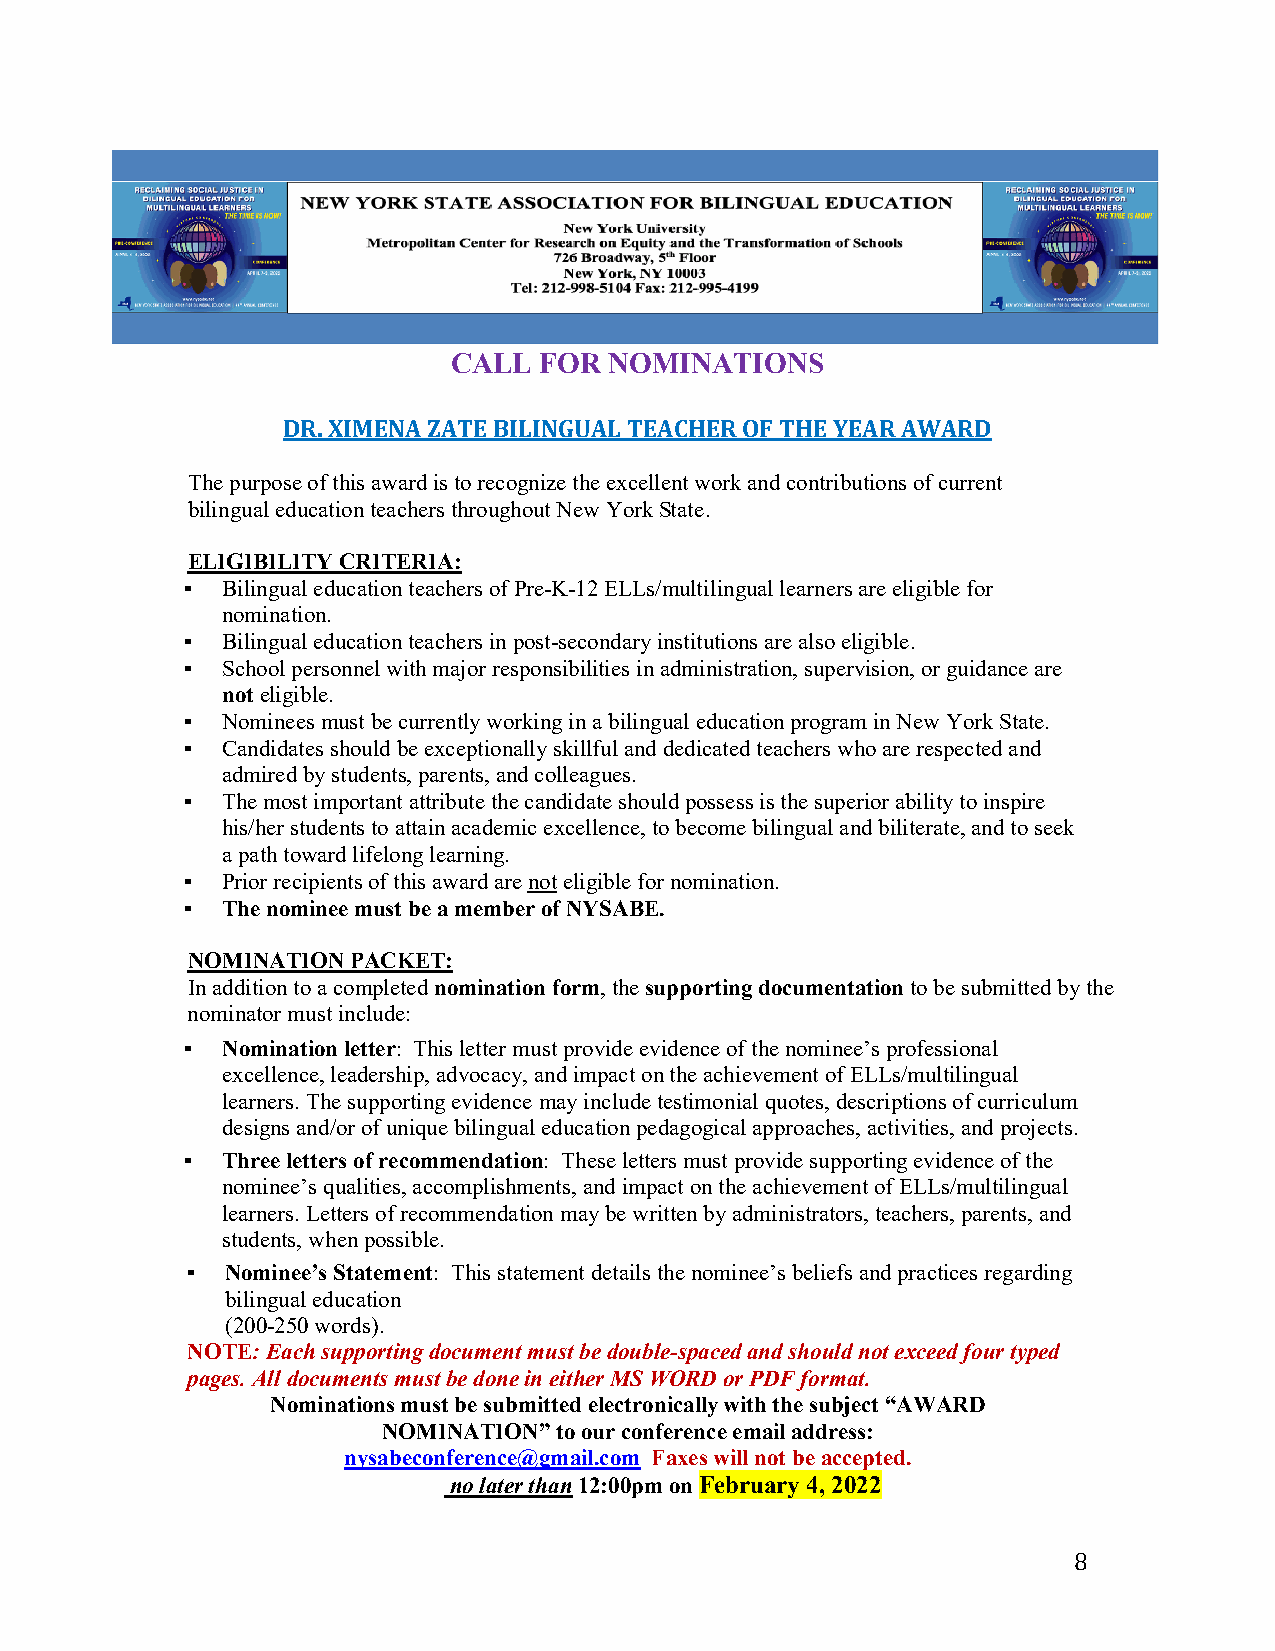
CALL  FOR NOMINATIONS
 DR. XIMENA ZATE BILINGUAL TEACHER OF THE YEAR AWARD
 The purpose of this award is to recognize the excellent work and contributions of current
 bilingual education teachers throughout New York State.
 ELIGIBILITY CRITERIA:
 ▪  Bilingual education teachers of Pre-K-12 ELLs/multilingual learners are eligible for
 nomination.
 ▪  Bilingual education teachers in post-secondary institutions are also eligible.
 ▪  School personnel with major responsibilities in administration, supervision, or guidance are
 not eligible.
 ▪  Nominees must be currently working in a bilingual education program in New York State.
 ▪  Candidates should be exceptionally skillful and dedicated teachers who are respected and
 admired by students, parents, and colleagues.
 ▪  The most important attribute the candidate should possess is the superior ability to inspire
 his/her students to attain academic excellence, to become bilingual and biliterate, and to seek
 a path toward lifelong learning.
 ▪  Prior recipients of this award are not eligible for nomination.
 ▪  The nominee must be a member of NYSABE.
 NOMINATION PACKET:
 In addition to a completed nomination form, the supporting documentation to be submitted by the
 nominator must include:
 ▪  Nomination letter: This letter must provide evidence of the nominee’s professional
 excellence, leadership, advocacy, and impact on the achievement of ELLs/multilingual
 learners. The supporting evidence may include testimonial quotes, descriptions of curriculum
 designs and/or of unique bilingual education pedagogical approaches, activities, and projects.
 ▪  Three letters of recommendation: These letters must provide supporting evidence of the
 nominee’s qualities, accomplishments, and impact on the achievement of ELLs/multilingual
 learners. Letters of recommendation may be written by administrators, teachers, parents, and
 students, when possible.
 ▪  Nominee’s Statement: This statement details the nominee’s beliefs and practices regarding
 bilingual education
 (200-250 words).
 NOTE: Each supporting document must be double-spaced and should not exceed four typed
 pages. All documents must be done in either MS WORD or PDF format.
 Nominations must be submitted electronically with the subject “AWARD
 NOMINATION” to our conference email address:
 nysabeconference@gmail.com Faxes will not be accepted.
 no later than 12:00pm on February 4, 2022
 8